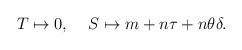
\begin{align*}T \mapsto 0, \;\;\;\; S \mapsto m + n\tau + n \theta\delta.\end{align*}